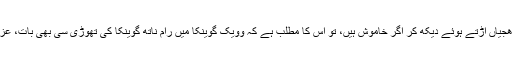
وویک گوینکا اپنے انگریزی اخبار میں صحافت کا اصولوں کی دھجیاں اڑتے ہوئے دیکھ کر اگر خاموش ہیں، تو اس کا مطلب ہے کہ وویک گوینکا میں رام ناتھ گوینکا کی تھوڑی سی بھی بات، عزت کے لیے لڑنے کی طاقت کا تھوڑا سا حصہ بھی نہیں بچا ہے۔